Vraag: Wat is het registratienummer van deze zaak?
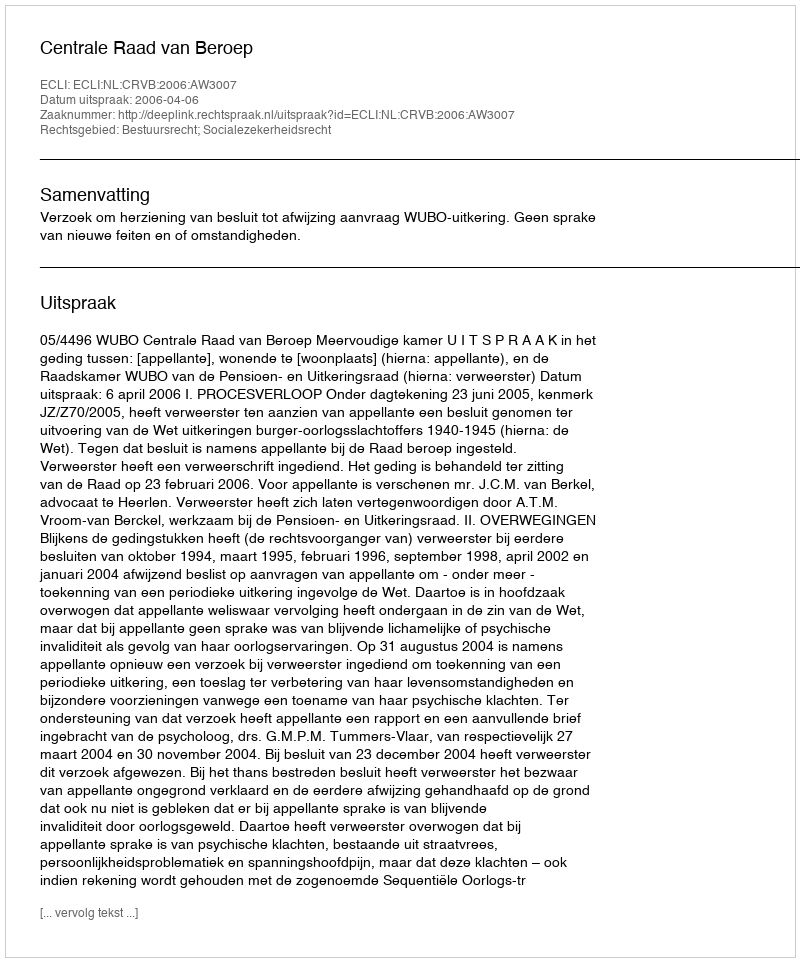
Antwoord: http://deeplink.rechtspraak.nl/uitspraak?id=ECLI:NL:CRVB:2006:AW3007